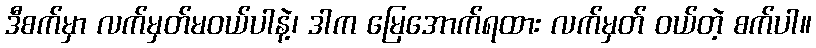
ဒီစက်မှာ လက်မှတ်မဝယ်ပါနဲ့၊ ဒါက မြေအောက်ရထား လက်မှတ် ဝယ်တဲ့ စက်ပါ။